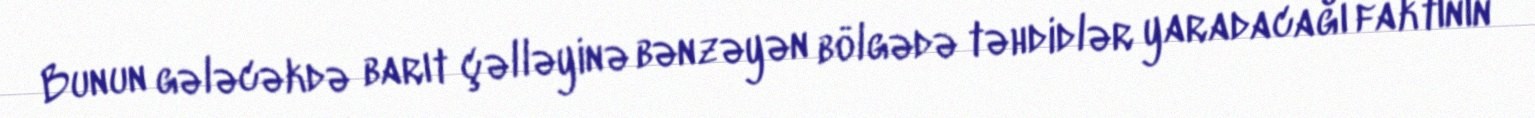
Bunun gələcəkdə barıt çəlləyinə bənzəyən bölgədə təhdidlər yaradacağı faktının